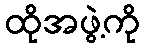
ထိုအဖွဲ့ကို